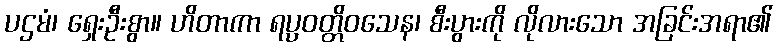
ပဌမံ၊ ရှေးဦးစွာ။ ဟိတာကာ ရပ္ပဝတ္တိဝသေန၊ စီးပွားကို လိုလားသော အခြင်းအရာ၏